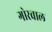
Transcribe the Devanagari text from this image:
गोरवाल